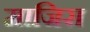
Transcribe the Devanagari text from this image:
माजिरा